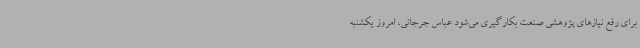
برای رفع نیازهای پژوهشی صنعت بکارگیری می‌شود عباس جرجانی، امروز یکشنبه